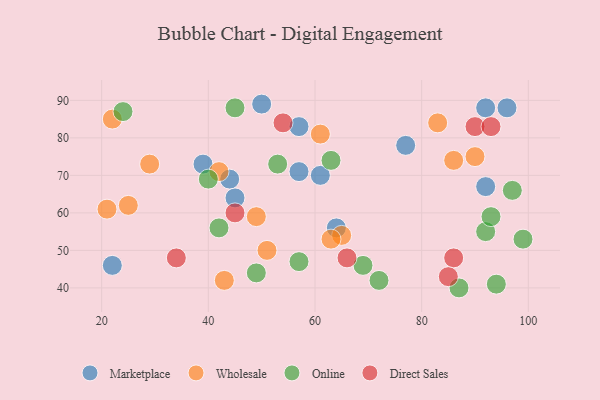
{"axis": {"x": "GDP", "y": "Life Expectancy"}, "legend": ["Direct Sales", "Marketplace", "Online", "Wholesale"], "data": [{"x": "92", "y": 88, "type": "Marketplace"}, {"x": "22", "y": 46, "type": "Marketplace"}, {"x": "96", "y": 88, "type": "Marketplace"}, {"x": "57", "y": 83, "type": "Marketplace"}, {"x": "39", "y": 73, "type": "Marketplace"}, {"x": "92", "y": 67, "type": "Marketplace"}, {"x": "57", "y": 71, "type": "Marketplace"}, {"x": "77", "y": 78, "type": "Marketplace"}, {"x": "61", "y": 70, "type": "Marketplace"}, {"x": "50", "y": 89, "type": "Marketplace"}, {"x": "45", "y": 64, "type": "Marketplace"}, {"x": "44", "y": 69, "type": "Marketplace"}, {"x": "64", "y": 56, "type": "Marketplace"}, {"x": "51", "y": 50, "type": "Wholesale"}, {"x": "29", "y": 73, "type": "Wholesale"}, {"x": "86", "y": 74, "type": "Wholesale"}, {"x": "25", "y": 62, "type": "Wholesale"}, {"x": "22", "y": 85, "type": "Wholesale"}, {"x": "65", "y": 54, "type": "Wholesale"}, {"x": "49", "y": 59, "type": "Wholesale"}, {"x": "42", "y": 71, "type": "Wholesale"}, {"x": "63", "y": 53, "type": "Wholesale"}, {"x": "83", "y": 84, "type": "Wholesale"}, {"x": "90", "y": 75, "type": "Wholesale"}, {"x": "61", "y": 81, "type": "Wholesale"}, {"x": "43", "y": 42, "type": "Wholesale"}, {"x": "21", "y": 61, "type": "Wholesale"}, {"x": "87", "y": 40, "type": "Online"}, {"x": "97", "y": 66, "type": "Online"}, {"x": "94", "y": 41, "type": "Online"}, {"x": "72", "y": 42, "type": "Online"}, {"x": "92", "y": 55, "type": "Online"}, {"x": "69", "y": 46, "type": "Online"}, {"x": "49", "y": 44, "type": "Online"}, {"x": "63", "y": 74, "type": "Online"}, {"x": "93", "y": 59, "type": "Online"}, {"x": "42", "y": 56, "type": "Online"}, {"x": "40", "y": 69, "type": "Online"}, {"x": "45", "y": 88, "type": "Online"}, {"x": "53", "y": 73, "type": "Online"}, {"x": "57", "y": 47, "type": "Online"}, {"x": "24", "y": 87, "type": "Online"}, {"x": "99", "y": 53, "type": "Online"}, {"x": "54", "y": 84, "type": "Direct Sales"}, {"x": "90", "y": 83, "type": "Direct Sales"}, {"x": "86", "y": 48, "type": "Direct Sales"}, {"x": "34", "y": 48, "type": "Direct Sales"}, {"x": "85", "y": 43, "type": "Direct Sales"}, {"x": "45", "y": 60, "type": "Direct Sales"}, {"x": "66", "y": 48, "type": "Direct Sales"}, {"x": "93", "y": 83, "type": "Direct Sales"}]}